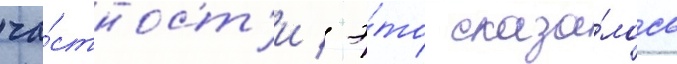
ча́стност'и / э́то сказа́лось